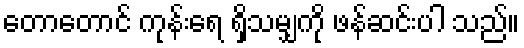
တောတောင် ကုန်းရေ ရှိသမျှကို ဖန်ဆင်းပါ သည်။